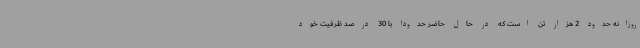
روزانه حدود 2 هزار تن است که در حال حاضر حدوداً با 30 درصد ظرفیت خود